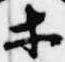
等